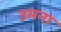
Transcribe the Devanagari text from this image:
उमना